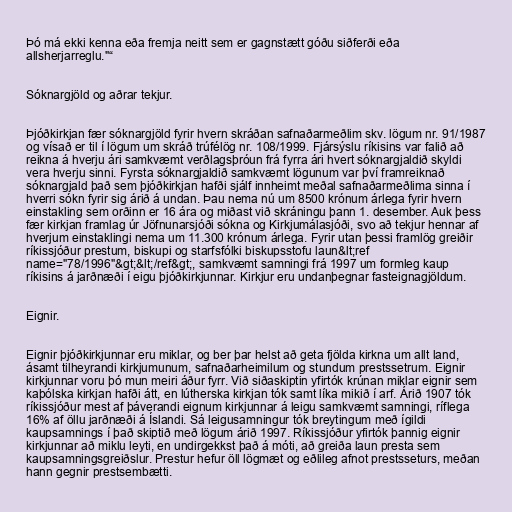
Þó má ekki kenna eða fremja neitt sem er gagnstætt góðu siðferði eða
allsherjarreglu."“

Sóknargjöld og aðrar tekjur.

Þjóðkirkjan fær sóknargjöld fyrir hvern skráðan safnaðarmeðlim skv. lögum nr. 91/1987
og vísað er til í lögum um skráð trúfélög nr. 108/1999. Fjársýslu ríkisins var falið að
reikna á hverju ári samkvæmt verðlagsþróun frá fyrra ári hvert sóknargjaldið skyldi
vera hverju sinni. Fyrsta sóknargjaldið samkvæmt lögunum var því framreiknað
sóknargjald það sem þjóðkirkjan hafði sjálf innheimt meðal safnaðarmeðlima sinna í
hverri sókn fyrir sig árið á undan. Þau nema nú um 8500 krónum árlega fyrir hvern
einstakling sem orðinn er 16 ára og miðast við skráningu þann 1. desember. Auk þess
fær kirkjan framlag úr Jöfnunarsjóði sókna og Kirkjumálasjóði, svo að tekjur hennar af
hverjum einstaklingi nema um 11.300 krónum árlega. Fyrir utan þessi framlög greiðir
ríkissjóður prestum, biskupi og starfsfólki biskupsstofu laun&lt;ref
name="78/1996"&gt;&lt;/ref&gt;, samkvæmt samningi frá 1997 um formleg kaup
ríkisins á jarðnæði í eigu þjóðkirkjunnar. Kirkjur eru undanþegnar fasteignagjöldum.

Eignir.

Eignir þjóðkirkjunnar eru miklar, og ber þar helst að geta fjölda kirkna um allt land,
ásamt tilheyrandi kirkjumunum, safnaðarheimilum og stundum prestssetrum. Eignir
kirkjunnar voru þó mun meiri áður fyrr. Við siðaskiptin yfirtók krúnan miklar eignir sem
kaþólska kirkjan hafði átt, en lútherska kirkjan tók samt líka mikið í arf. Árið 1907 tók
ríkissjóður mest af þáverandi eignum kirkjunnar á leigu samkvæmt samningi, ríflega
16% af öllu jarðnæði á Íslandi. Sá leigusamningur tók breytingum með ígildi
kaupsamnings í það skiptið með lögum árið 1997. Ríkissjóður yfirtók þannig eignir
kirkjunnar að miklu leyti, en undirgekkst það á móti, að greiða laun presta sem
kaupsamningsgreiðslur. Prestur hefur öll lögmæt og eðlileg afnot prestsseturs, meðan
hann gegnir prestsembætti.